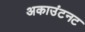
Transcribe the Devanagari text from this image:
अकाउंटनट